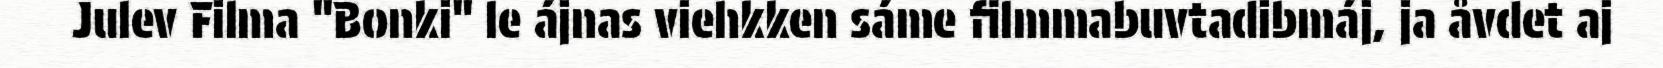
Julev Filma "Bonki" le ájnas viehkken sáme filmmabuvtadibmáj, ja åvdet aj